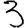
Digit: 3